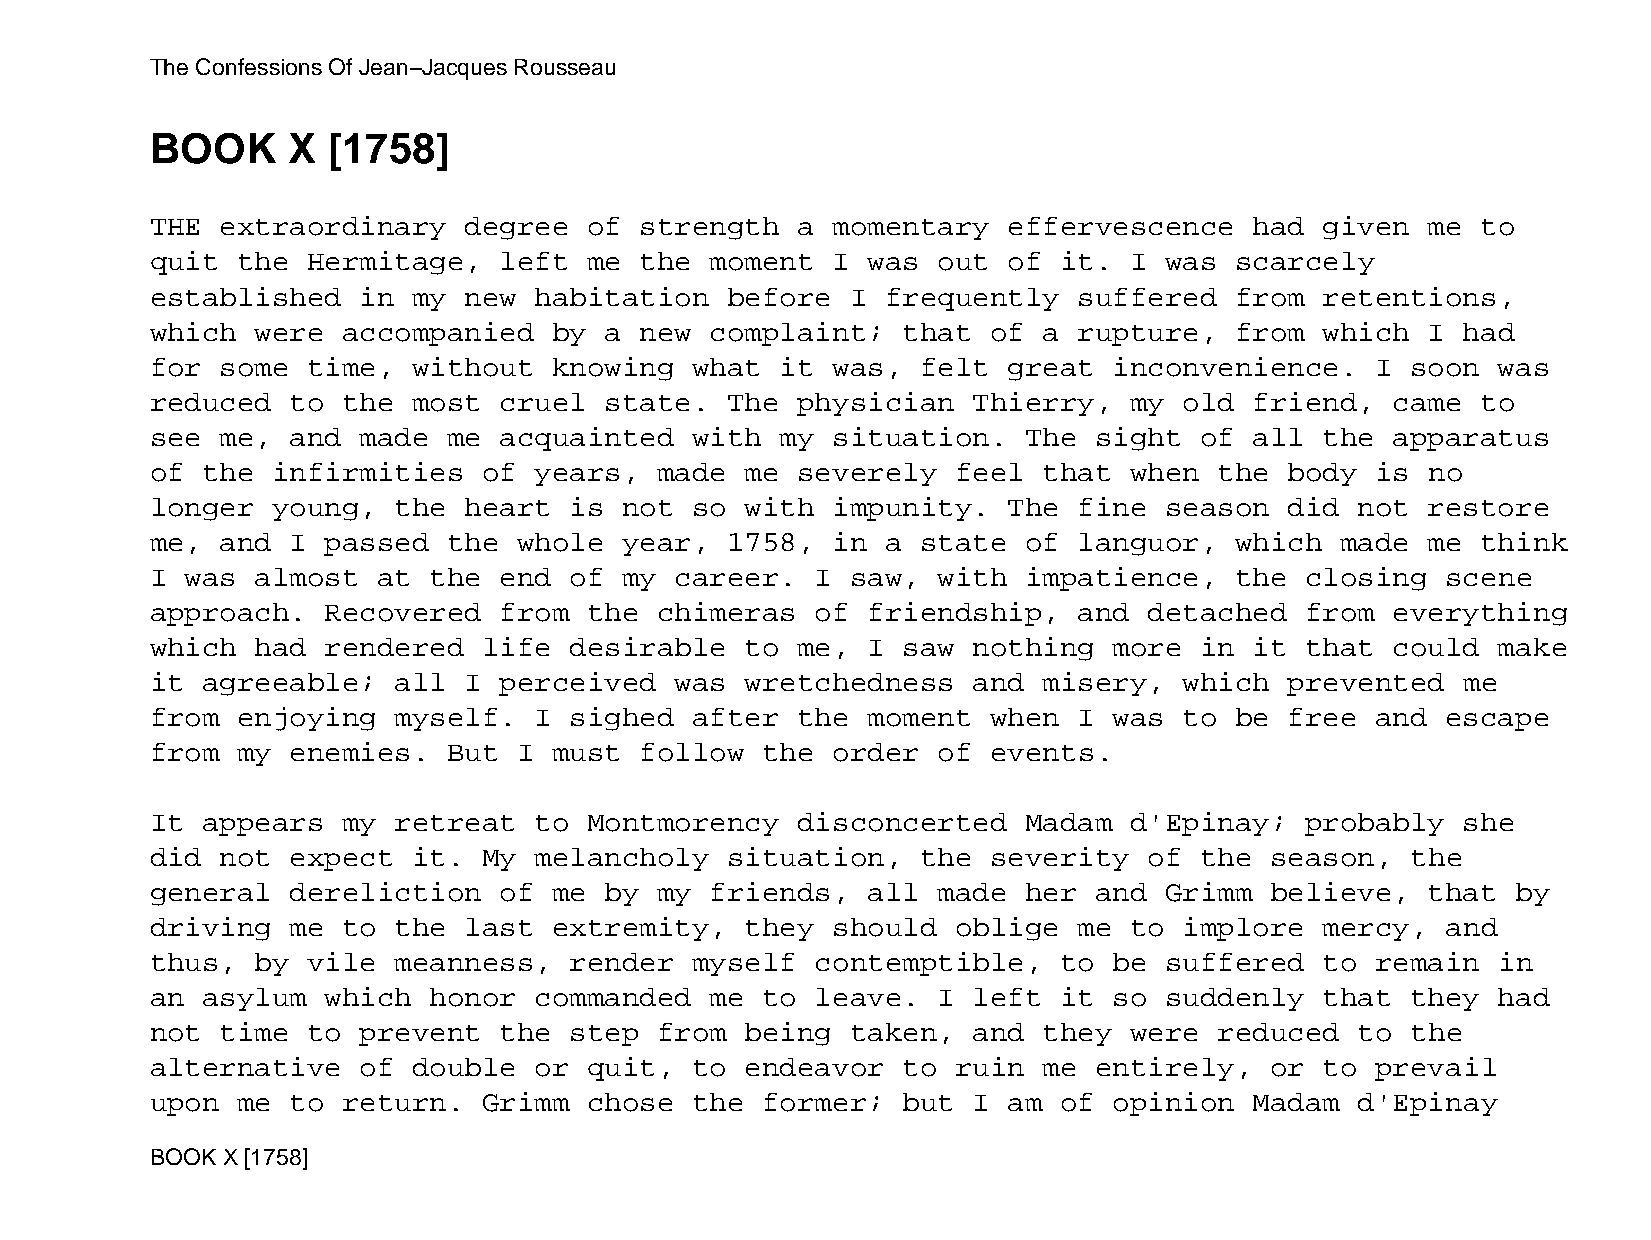
The Confessions Of Jean−Jacques Rousseau
 BOOK     X  [1758]
 THE  extraordinary   degree  of strength   a momentary   effervescence   had  given  me to
 quit  the Hermitage,   left  me the  moment  I was  out  of it.  I was  scarcely
 established   in my  new habitation   before  I  frequently  suffered   from  retentions,
 which  were  accompanied   by a new  complaint;   that  of a rupture,   from  which  I had
 for  some time,  without   knowing  what  it was,  felt  great  inconvenience.   I soon  was
 reduced  to  the most  cruel  state.  The  physician  Thierry,   my old  friend,  came  to
 see  me, and  made  me acquainted   with  my situation.   The sight  of  all  the apparatus
 of the  infirmities   of years,   made me  severely  feel  that  when  the body  is  no
 longer  young,  the  heart  is not  so with  impunity.   The fine  season  did  not  restore
 me,  and I  passed  the whole  year,  1758,  in  a state  of languor,   which  made  me think
 I was  almost  at the  end  of my  career.  I saw,  with  impatience,   the closing   scene
 approach.   Recovered  from  the  chimeras  of friendship,   and  detached  from  everything
 which  had  rendered  life  desirable  to  me, I  saw nothing   more in  it that  could  make
 it agreeable;   all  I perceived   was wretchedness   and  misery,  which  prevented   me
 from  enjoying  myself.  I  sighed  after  the moment   when I  was to  be free  and  escape
 from  my enemies.   But I  must follow  the  order  of  events.
 It appears   my retreat  to  Montmorency   disconcerted   Madam  d'Epinay;  probably   she
 did  not expect  it.  My melancholy   situation,   the  severity  of the  season,  the
 general  dereliction   of  me by  my friends,  all  made  her and  Grimm  believe,   that by
 driving  me  to the  last  extremity,  they  should  oblige  me  to implore   mercy,  and
 thus,  by vile  meanness,   render  myself  contemptible,   to  be suffered   to remain  in
 an asylum   which honor  commanded   me to  leave.  I left  it  so suddenly   that they  had
 not  time to  prevent  the  step  from being  taken,  and  they  were  reduced  to the
 alternative   of double  or  quit,  to endeavor   to ruin  me entirely,   or  to prevail
 upon  me to  return.  Grimm  chose  the former;   but I  am of  opinion  Madam  d'Epinay
 BOOK X [1758]